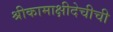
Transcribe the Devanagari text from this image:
श्रीकामाक्षीदेचीची